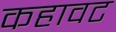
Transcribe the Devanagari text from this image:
कहावट